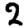
Digit: 2